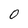
Character: 0